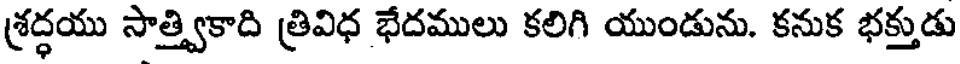
శ్రద్ధయు సాత్త్వికాది త్రివిధ భేదములు కలిగి యుండును. కనుక భక్తుడు